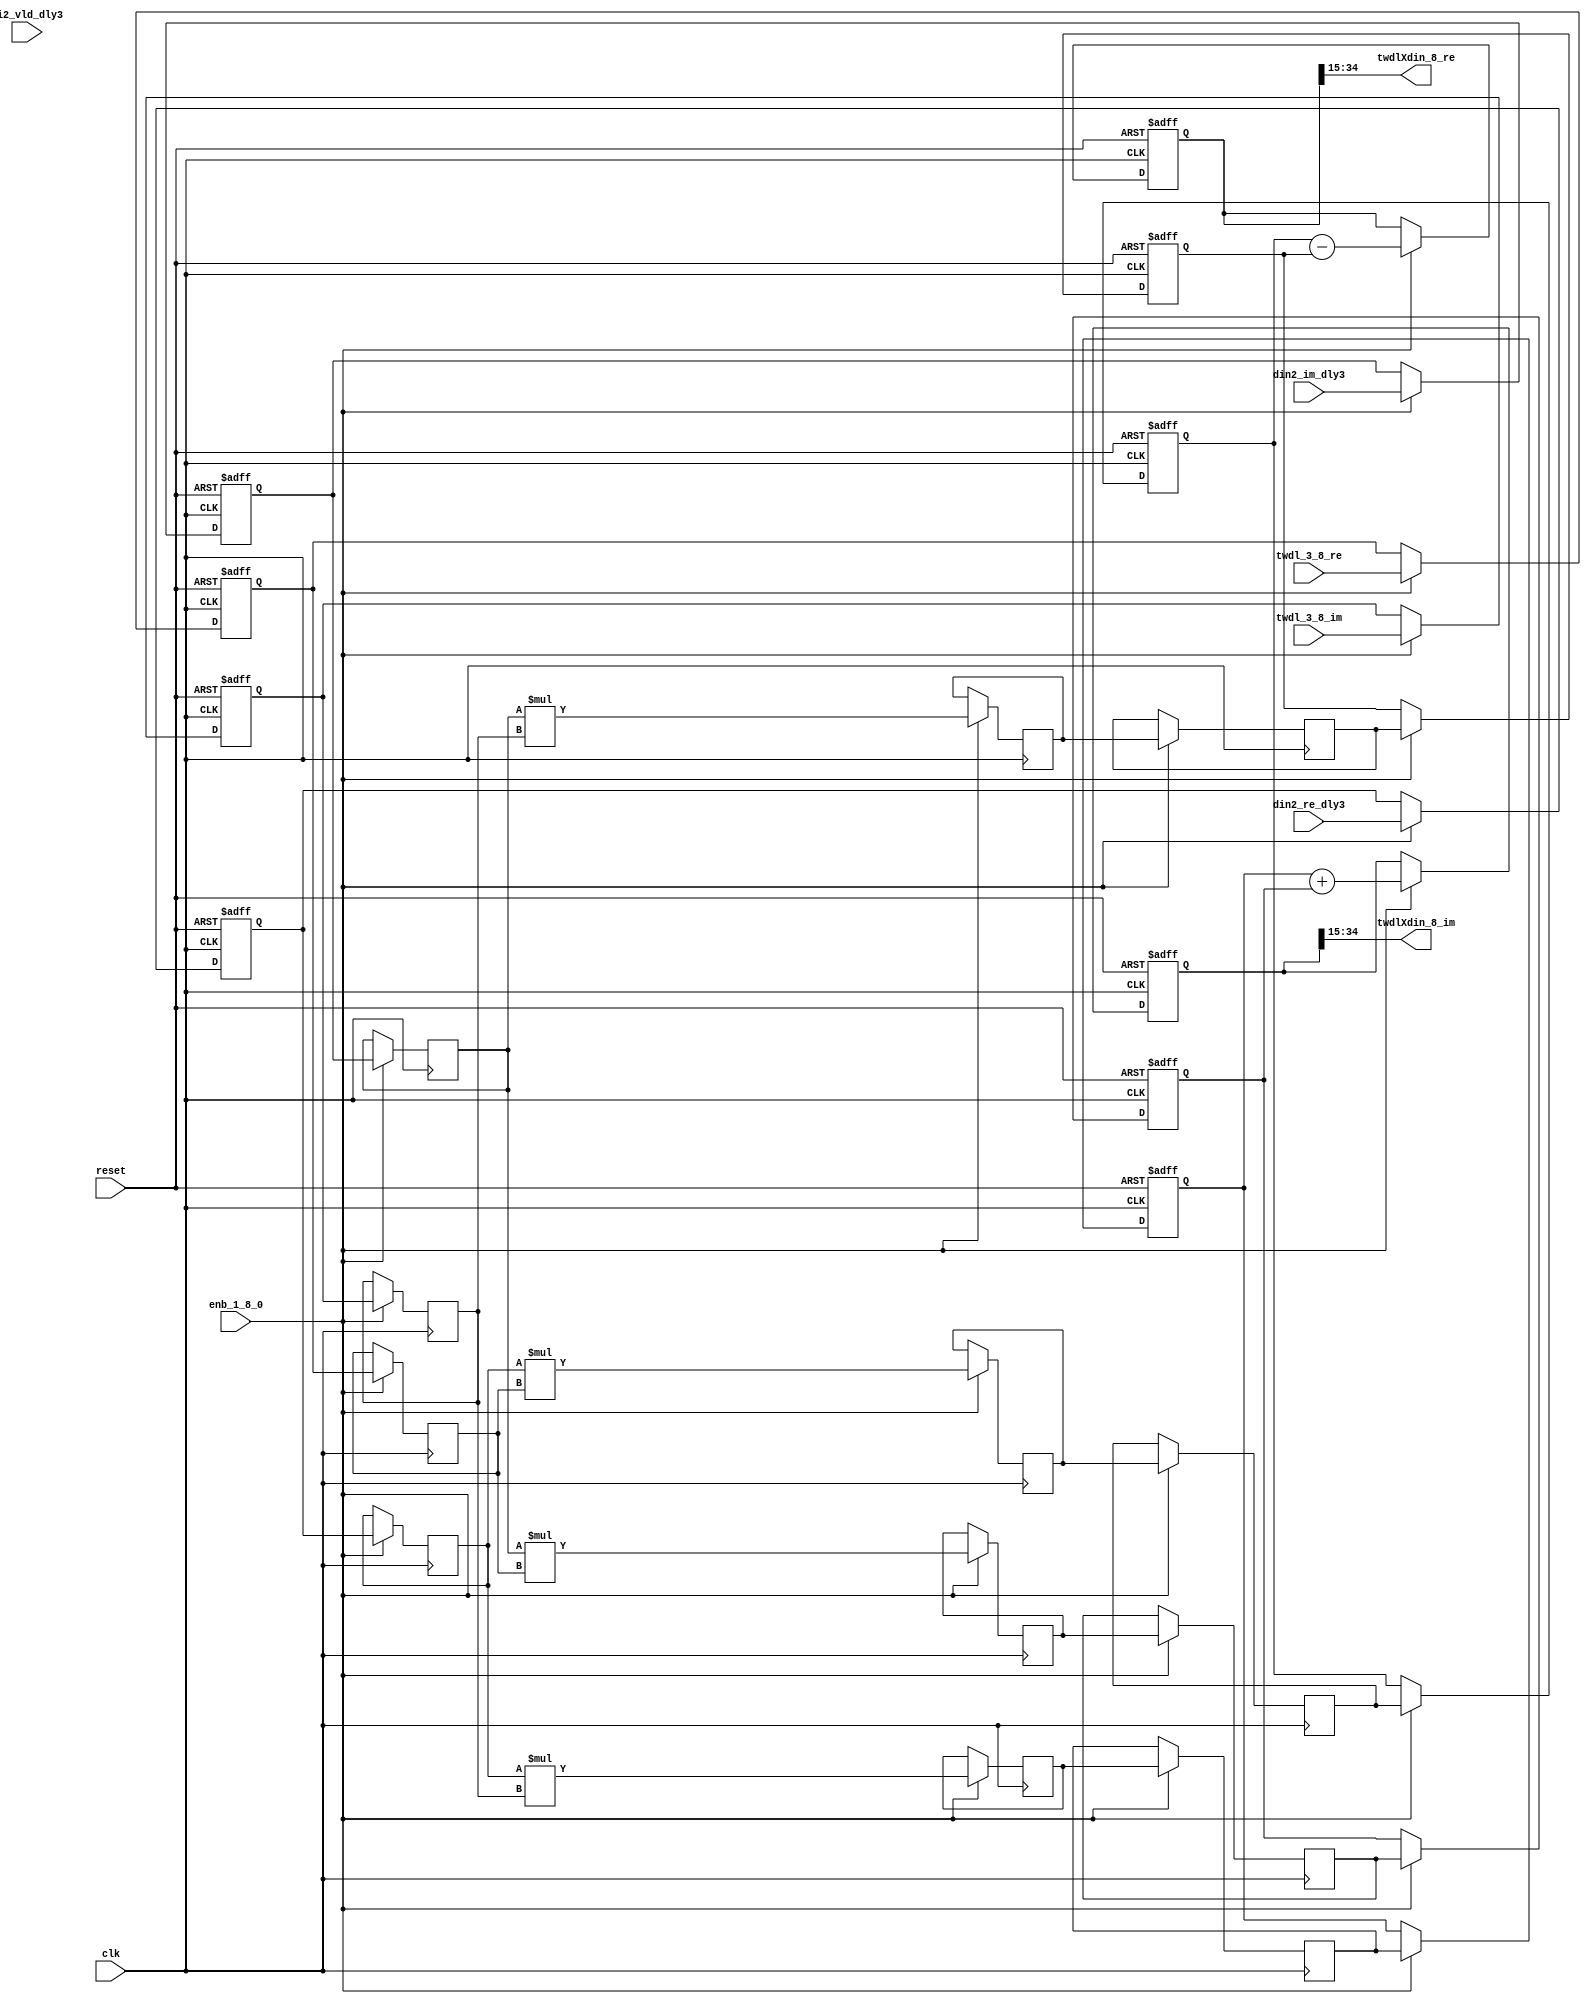
// -------------------------------------------------------------
// 
// 
// Generated by MATLAB 9.13 and HDL Coder 4.0
// 
// -------------------------------------------------------------


// -------------------------------------------------------------
// 
// Module: Complex4Multiply_block4
// Source Path: joe_fft/FFT/TWDLMULT_SDNF1_3/Complex4Multiply
// Hierarchy Level: 3
// 
// -------------------------------------------------------------

`timescale 1 ns / 1 ns

module Complex4Multiply_block4
          (clk,
           reset,
           enb_1_8_0,
           din2_re_dly3,
           din2_im_dly3,
           di2_vld_dly3,
           twdl_3_8_re,
           twdl_3_8_im,
           twdlXdin_8_re,
           twdlXdin_8_im);


  input   clk;
  input   reset;
  input   enb_1_8_0;
  input   signed [19:0] din2_re_dly3;  // sfix20
  input   signed [19:0] din2_im_dly3;  // sfix20
  input   di2_vld_dly3;
  input   signed [16:0] twdl_3_8_re;  // sfix17_En15
  input   signed [16:0] twdl_3_8_im;  // sfix17_En15
  output  signed [19:0] twdlXdin_8_re;  // sfix20
  output  signed [19:0] twdlXdin_8_im;  // sfix20


  reg signed [19:0] din_re_reg;  // sfix20
  reg signed [19:0] din_im_reg;  // sfix20
  reg signed [16:0] twdl_re_reg;  // sfix17_En15
  reg signed [16:0] twdl_im_reg;  // sfix17_En15
  reg signed [19:0] Complex4Multiply_din1_re_pipe1;  // sfix20
  reg signed [19:0] Complex4Multiply_din1_im_pipe1;  // sfix20
  reg signed [36:0] Complex4Multiply_mult1_re_pipe1;  // sfix37
  reg signed [36:0] Complex4Multiply_mult2_re_pipe1;  // sfix37
  reg signed [36:0] Complex4Multiply_mult1_im_pipe1;  // sfix37
  reg signed [36:0] Complex4Multiply_mult2_im_pipe1;  // sfix37
  reg signed [16:0] Complex4Multiply_twiddle_re_pipe1;  // sfix17
  reg signed [16:0] Complex4Multiply_twiddle_im_pipe1;  // sfix17
  reg signed [36:0] prod1_re;  // sfix37_En15
  reg signed [36:0] prod1_im;  // sfix37_En15
  reg signed [36:0] prod2_re;  // sfix37_En15
  reg signed [36:0] prod2_im;  // sfix37_En15
  reg  din_vld_dly1;
  reg  din_vld_dly2;
  reg  din_vld_dly3;
  reg  prod_vld;
  reg signed [37:0] Complex4Add_multRes_re_reg;  // sfix38
  reg signed [37:0] Complex4Add_multRes_im_reg;  // sfix38
  reg  Complex4Add_prod_vld_reg1;
  reg signed [36:0] Complex4Add_prod1_re_reg;  // sfix37
  reg signed [36:0] Complex4Add_prod1_im_reg;  // sfix37
  reg signed [36:0] Complex4Add_prod2_re_reg;  // sfix37
  reg signed [36:0] Complex4Add_prod2_im_reg;  // sfix37
  wire signed [37:0] Complex4Add_multRes_re_reg_next;  // sfix38_En15
  wire signed [37:0] Complex4Add_multRes_im_reg_next;  // sfix38_En15
  wire signed [37:0] Complex4Add_sub_cast;  // sfix38_En15
  wire signed [37:0] Complex4Add_sub_cast_1;  // sfix38_En15
  wire signed [37:0] Complex4Add_add_cast;  // sfix38_En15
  wire signed [37:0] Complex4Add_add_cast_1;  // sfix38_En15
  wire signed [37:0] mulResFP_re;  // sfix38_En15
  wire signed [37:0] mulResFP_im;  // sfix38_En15
  reg  twdlXdin2_vld;


  always @(posedge clk or posedge reset)
    begin : intdelay_process
      if (reset == 1'b1) begin
        din_re_reg <= 20'sb00000000000000000000;
      end
      else begin
        if (enb_1_8_0) begin
          din_re_reg <= din2_re_dly3;
        end
      end
    end



  always @(posedge clk or posedge reset)
    begin : intdelay_1_process
      if (reset == 1'b1) begin
        din_im_reg <= 20'sb00000000000000000000;
      end
      else begin
        if (enb_1_8_0) begin
          din_im_reg <= din2_im_dly3;
        end
      end
    end



  always @(posedge clk or posedge reset)
    begin : intdelay_2_process
      if (reset == 1'b1) begin
        twdl_re_reg <= 17'sb00000000000000000;
      end
      else begin
        if (enb_1_8_0) begin
          twdl_re_reg <= twdl_3_8_re;
        end
      end
    end



  always @(posedge clk or posedge reset)
    begin : intdelay_3_process
      if (reset == 1'b1) begin
        twdl_im_reg <= 17'sb00000000000000000;
      end
      else begin
        if (enb_1_8_0) begin
          twdl_im_reg <= twdl_3_8_im;
        end
      end
    end



  // Complex4Multiply
  always @(posedge clk)
    begin : Complex4Multiply_process
      if (enb_1_8_0) begin
        prod1_re <= Complex4Multiply_mult1_re_pipe1;
        prod2_re <= Complex4Multiply_mult2_re_pipe1;
        prod1_im <= Complex4Multiply_mult1_im_pipe1;
        prod2_im <= Complex4Multiply_mult2_im_pipe1;
        Complex4Multiply_mult1_re_pipe1 <= Complex4Multiply_din1_re_pipe1 * Complex4Multiply_twiddle_re_pipe1;
        Complex4Multiply_mult2_re_pipe1 <= Complex4Multiply_din1_im_pipe1 * Complex4Multiply_twiddle_im_pipe1;
        Complex4Multiply_mult1_im_pipe1 <= Complex4Multiply_din1_re_pipe1 * Complex4Multiply_twiddle_im_pipe1;
        Complex4Multiply_mult2_im_pipe1 <= Complex4Multiply_din1_im_pipe1 * Complex4Multiply_twiddle_re_pipe1;
        Complex4Multiply_twiddle_re_pipe1 <= twdl_re_reg;
        Complex4Multiply_twiddle_im_pipe1 <= twdl_im_reg;
        Complex4Multiply_din1_re_pipe1 <= din_re_reg;
        Complex4Multiply_din1_im_pipe1 <= din_im_reg;
      end
    end



  always @(posedge clk or posedge reset)
    begin : intdelay_4_process
      if (reset == 1'b1) begin
        din_vld_dly1 <= 1'b0;
      end
      else begin
        if (enb_1_8_0) begin
          din_vld_dly1 <= di2_vld_dly3;
        end
      end
    end



  always @(posedge clk or posedge reset)
    begin : intdelay_5_process
      if (reset == 1'b1) begin
        din_vld_dly2 <= 1'b0;
      end
      else begin
        if (enb_1_8_0) begin
          din_vld_dly2 <= din_vld_dly1;
        end
      end
    end



  always @(posedge clk or posedge reset)
    begin : intdelay_6_process
      if (reset == 1'b1) begin
        din_vld_dly3 <= 1'b0;
      end
      else begin
        if (enb_1_8_0) begin
          din_vld_dly3 <= din_vld_dly2;
        end
      end
    end



  always @(posedge clk or posedge reset)
    begin : intdelay_7_process
      if (reset == 1'b1) begin
        prod_vld <= 1'b0;
      end
      else begin
        if (enb_1_8_0) begin
          prod_vld <= din_vld_dly3;
        end
      end
    end



  // Complex4Add
  always @(posedge clk or posedge reset)
    begin : Complex4Add_process
      if (reset == 1'b1) begin
        Complex4Add_multRes_re_reg <= 38'sh0000000000;
        Complex4Add_multRes_im_reg <= 38'sh0000000000;
        Complex4Add_prod1_re_reg <= 37'sh0000000000;
        Complex4Add_prod1_im_reg <= 37'sh0000000000;
        Complex4Add_prod2_re_reg <= 37'sh0000000000;
        Complex4Add_prod2_im_reg <= 37'sh0000000000;
        Complex4Add_prod_vld_reg1 <= 1'b0;
        twdlXdin2_vld <= 1'b0;
      end
      else begin
        if (enb_1_8_0) begin
          Complex4Add_multRes_re_reg <= Complex4Add_multRes_re_reg_next;
          Complex4Add_multRes_im_reg <= Complex4Add_multRes_im_reg_next;
          Complex4Add_prod1_re_reg <= prod1_re;
          Complex4Add_prod1_im_reg <= prod1_im;
          Complex4Add_prod2_re_reg <= prod2_re;
          Complex4Add_prod2_im_reg <= prod2_im;
          twdlXdin2_vld <= Complex4Add_prod_vld_reg1;
          Complex4Add_prod_vld_reg1 <= prod_vld;
        end
      end
    end

  assign Complex4Add_sub_cast = {Complex4Add_prod1_re_reg[36], Complex4Add_prod1_re_reg};
  assign Complex4Add_sub_cast_1 = {Complex4Add_prod2_re_reg[36], Complex4Add_prod2_re_reg};
  assign Complex4Add_multRes_re_reg_next = Complex4Add_sub_cast - Complex4Add_sub_cast_1;
  assign Complex4Add_add_cast = {Complex4Add_prod1_im_reg[36], Complex4Add_prod1_im_reg};
  assign Complex4Add_add_cast_1 = {Complex4Add_prod2_im_reg[36], Complex4Add_prod2_im_reg};
  assign Complex4Add_multRes_im_reg_next = Complex4Add_add_cast + Complex4Add_add_cast_1;
  assign mulResFP_re = Complex4Add_multRes_re_reg;
  assign mulResFP_im = Complex4Add_multRes_im_reg;



  assign twdlXdin_8_re = mulResFP_re[34:15];



  assign twdlXdin_8_im = mulResFP_im[34:15];



endmodule  // Complex4Multiply_block4